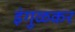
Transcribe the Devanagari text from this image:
इंगुळकर